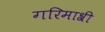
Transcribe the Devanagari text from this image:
गरिमाश्री